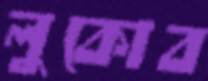
লুকোব